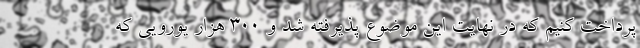
پرداخت کنیم که در نهایت این موضوع پذیرفته شد و 300 هزار یورویی که